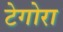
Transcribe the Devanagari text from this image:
टेगोरा